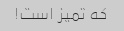
که تمیز است!